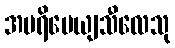
အပရိမေယျသီလေသု